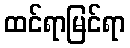
ထင်ရာမြင်ရာ